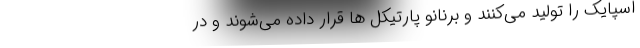
اسپایک را تولید می‌کنند و برنانو پارتیکل ها قرار داده می‌شوند و در